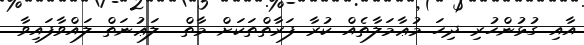
އާއި ގުޅުންހުރި ދިހަ މުޢާމަލާތެއް ކުރާ ފަރާތްތަކަށް މާތް  ލަޢުނަތް ލައްވާފައިވާ